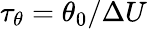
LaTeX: \tau_{\theta}=\theta_{0}/\Delta U